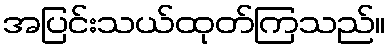
အပြင်းသယ်ထုတ်ကြသည်။